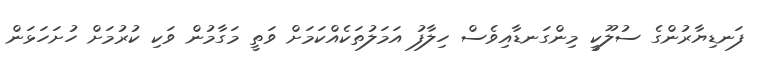
ފަނޑިޔާރުންގެ ސުލޫކީ މިންގަނޑާއިވެސް ހިލާފު އަމަލުތަކެއްކަމަށް ވަތީ މަގާމުން ވަކި ކުރުމަށް ހުށަހަޅަން